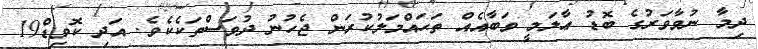
ދިމާ ނުވާވަރުގެ ބޮޑު ޢާލަމީ ވަބާއެއް ތަޙައްމަލުކުރަން ޖެހުނު ދުވަސްތަކެކެވެ. އަދި ކޮވިޑް19